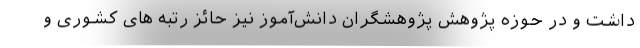
داشت و در حوزه پژوهش پژوهشگران دانش‌آموز نیز حائز رتبه های کشوری و